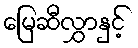
မြေဆီလွှာနှင့်